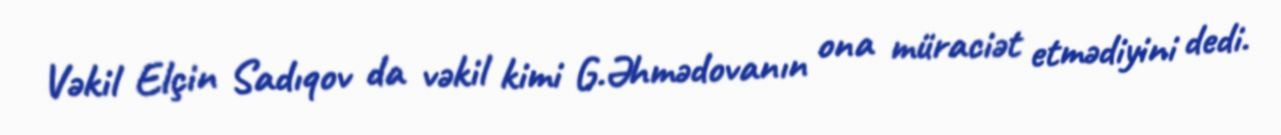
Vəkil Elçin Sadıqov da vəkil kimi G.Əhmədovanın ona müraciət etmədiyini dedi.